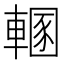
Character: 𨍲